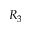
R _ { 3 }